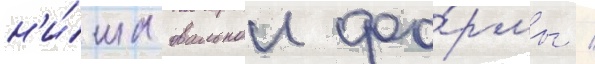
н'и́ша овальнои фо́рмы /